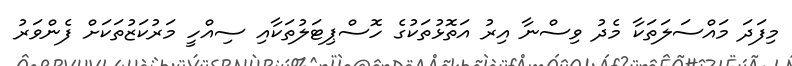
މިފަދަ މައްސަލަަތަކާ މެދު ވިސްނާ އިރު އަތޮޅުތަކުގެ ހޮސްޕިޓަލުތަކާއި ސިއްހީ މަރުކަޒުތަކަށް ފެންވަރު